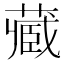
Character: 𫟖